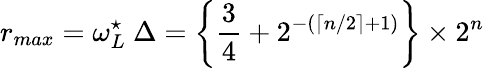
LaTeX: r_{max}=\omega_{L}^{\star}~\Delta=\left\{ \frac{3}{4}+2^{-(\lceil n/2\rceil+1)}\right\} \times 2^{n}